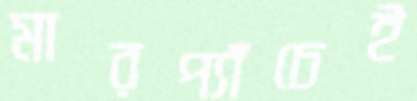
মারপ্যাঁচেই